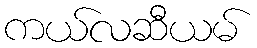
ကယ်လဆီယမ်